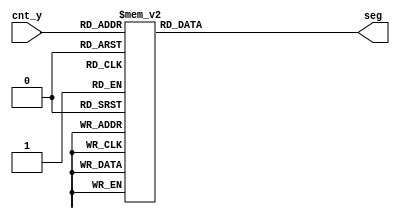
module led_y(
    input [6:0] cnt_y,
    output reg [13:0] seg
);

always @(cnt_y) begin
    case (cnt_y)
        0 : seg = 14'b0000001_0000001; // 00
        1 : seg = 14'b0000001_1001111; // 01
        2 : seg = 14'b0000001_0010010; // 02
        3 : seg = 14'b0000001_0000110; // 03
        4 : seg = 14'b0000001_1001100; // 04
        5 : seg = 14'b0000001_0100100; // 05
        6 : seg = 14'b0000001_0100000; // 06
        7 : seg = 14'b0000001_0001111; // 07
        8 : seg = 14'b0000001_0000000; // 08
        9 : seg = 14'b0000001_0000100; // 09
        10 : seg = 14'b1001111_0000001; // 10
        11 : seg = 14'b1001111_1001111; // 11
        12 : seg = 14'b1001111_0010010; // 12
        13 : seg = 14'b1001111_0000110; // 13
        14 : seg = 14'b1001111_1001100; // 14
        15 : seg = 14'b1001111_0100100; // 15
        16 : seg = 14'b1001111_0100000; // 16
        17 : seg = 14'b1001111_0001111; // 17
        18 : seg = 14'b1001111_0000000; // 18
        19 : seg = 14'b1001111_0000100; // 19
        20 : seg = 14'b0010010_0000001; // 20
        21 : seg = 14'b0010010_1001111; // 21
        22 : seg = 14'b0010010_0010010; // 22
        23 : seg = 14'b0010010_0000110; // 23
        24 : seg = 14'b0010010_1001100; // 24
        25 : seg = 14'b0010010_0100100; // 25
        26 : seg = 14'b0010010_0100000; // 26
        27 : seg = 14'b0010010_0001111; // 27
        28 : seg = 14'b0010010_0000000; // 28
        29 : seg = 14'b0010010_0000100; // 29
        30 : seg = 14'b0000110_0000001; // 30
        31 : seg = 14'b0000110_1001111; // 31
        32 : seg = 14'b0000110_0010010; // 32
        33 : seg = 14'b0000110_0000110; // 33
        34 : seg = 14'b0000110_1001100; // 34
        35 : seg = 14'b0000110_0100100; // 35
        36 : seg = 14'b0000110_0100000; // 36
        37 : seg = 14'b0000110_0001111; // 37
        38 : seg = 14'b0000110_0000000; // 38
        39 : seg = 14'b0000110_0000100; // 39
        40 : seg = 14'b1001100_0000001; // 40
        41 : seg = 14'b1001100_1001111; // 41
        42 : seg = 14'b1001100_0010010; // 42
        43 : seg = 14'b1001100_0000110; // 43
        44 : seg = 14'b1001100_1001100; // 44
        45 : seg = 14'b1001100_0100100; // 45
        46 : seg = 14'b1001100_0100000; // 46
        47 : seg = 14'b1001100_0001111; // 47
        48 : seg = 14'b1001100_0000000; // 48
        49 : seg = 14'b1001100_0000100; // 49
        50 : seg = 14'b0100100_0000001; // 50
        51 : seg = 14'b0100100_1001111; // 51
        52 : seg = 14'b0100100_0010010; // 52
        53 : seg = 14'b0100100_0000110; // 53
        54 : seg = 14'b0100100_1001100; // 54
        55 : seg = 14'b0100100_0100100; // 55
        56 : seg = 14'b0100100_0100000; // 56
        57 : seg = 14'b0100100_0001111; // 57
        58 : seg = 14'b0100100_0000000; // 58
        59 : seg = 14'b0100100_0000100; // 59
        60 : seg = 14'b0100000_0000001; // 60
        61 : seg = 14'b0100000_1001111; // 61
        62 : seg = 14'b0100000_0010010; // 62
        63 : seg = 14'b0100000_0000110; // 63
        64 : seg = 14'b0100000_1001100; // 64
        65 : seg = 14'b0100000_0100100; // 65
        66 : seg = 14'b0100000_0100000; // 66
        67 : seg = 14'b0100000_0001111; // 67
        68 : seg = 14'b0100000_0000000; // 68
        69 : seg = 14'b0100000_0000100; // 69
        70 : seg = 14'b0001111_0000001; // 70
        71 : seg = 14'b0001111_1001111; // 71
        72 : seg = 14'b0001111_0010010; // 72
        73 : seg = 14'b0001111_0000110; // 73
        74 : seg = 14'b0001111_1001100; // 74
        75 : seg = 14'b0001111_0100100; // 75
        76 : seg = 14'b0001111_0100000; // 76
        77 : seg = 14'b0001111_0001111; // 77
        78 : seg = 14'b0001111_0000000; // 78
        79 : seg = 14'b0001111_0000100; // 79
        80 : seg = 14'b0000000_0000001; // 80
        81 : seg = 14'b0000000_1001111; // 81
        82 : seg = 14'b0000000_0010010; // 82
        83 : seg = 14'b0000000_0000110; // 83
        84 : seg = 14'b0000000_1001100; // 84
        85 : seg = 14'b0000000_0100100; // 85
        86 : seg = 14'b0000000_0100000; // 86
        87 : seg = 14'b0000000_0001111; // 87
        88 : seg = 14'b0000000_0000000; // 88
        89 : seg = 14'b0000000_0000100; // 89
        90 : seg = 14'b0000100_0000001; // 90
        91 : seg = 14'b0000100_1001111; // 91
        92 : seg = 14'b0000100_0010010; // 92
        93 : seg = 14'b0000100_0000110; // 93
        94 : seg = 14'b0000100_1001100; // 94
        95 : seg = 14'b0000100_0100100; // 95
        96 : seg = 14'b0000100_0100000; // 96
        97 : seg = 14'b0000100_0001111; // 97
        98 : seg = 14'b0000100_0000000; // 98
        99 : seg = 14'b0000100_0000100; // 99
        default seg = 14'b0000000_0000000; 
        endcase
    end
endmodule

// module led_y (
//     input wire [7:0] in,
//     output reg [13:0] seg  
// );

// always @(in)
// begin
//     case (in)
//         8'b0000_0000 : seg = 14'b0000001_0000001; // 00
//         8'b0000_0001 : seg = 14'b0000001_1001111; // 01
//         8'b0000_0010 : seg = 14'b0000001_0010010; // 02
//         8'b0000_0011 : seg = 14'b0000001_0000110; // 03
//         8'b0000_0100 : seg = 14'b0000001_1001100; // 04
//         8'b0000_0101 : seg = 14'b0000001_0100100; // 05
//         8'b0000_0110 : seg = 14'b0000001_0100000; // 06
//         8'b0000_0111 : seg = 14'b0000001_0001111; // 07
//         8'b0000_1000 : seg = 14'b0000001_0000000; // 08
//         8'b0000_1001 : seg = 14'b0000001_0000100; // 09
//         8'b0001_0000 : seg = 14'b1001111_0000001; // 10
//         8'b0001_0001 : seg = 14'b1001111_1001111; // 11
//         8'b0001_0010 : seg = 14'b1001111_0010010; // 12
//         8'b0001_0011 : seg = 14'b1001111_0000110; // 13
//         8'b0001_0100 : seg = 14'b1001111_1001100; // 14
//         8'b0001_0101 : seg = 14'b1001111_0100100; // 15
//         8'b0001_0110 : seg = 14'b1001111_0100000; // 16
//         8'b0001_0111 : seg = 14'b1001111_0001111; // 17
//         8'b0001_1000 : seg = 14'b1001111_0000000; // 18
//         8'b0001_1001 : seg = 14'b1001111_0000100; // 19
//         8'b0010_0000 : seg = 14'b1001111_1110000; // 20
//         8'b0010_0001 : seg = 14'b1001111_1111000; // 21
//         8'b0010_0010 : seg = 14'b1001111_1000110; // 22
//         8'b0010_0011 : seg = 14'b1001111_0011001; // 23
//         8'b0010_0100 : seg = 14'b1001111_0110010; // 24
//         8'b0010_0101 : seg = 14'b1001111_1110010; // 25
//         8'b0010_0110 : seg = 14'b1001111_1000000; // 26
//         8'b0010_0111 : seg = 14'b1001111_1011000; // 27
//         8'b0010_1000 : seg = 14'b1001111_1001100; // 28
//         8'b0010_1001 : seg = 14'b1001111_1100010; // 29
//         8'b0010_1010 : seg = 14'b1001111_0110000; // 30
//         8'b0010_1011 : seg = 14'b1001111_1000000; // 31
//         8'b0010_1100 : seg = 14'b1001111_1001000; // 32
//         8'b0010_1101 : seg = 14'b1001111_1110000; // 33
//         8'b0010_1110 : seg = 14'b1001111_1001001; // 34
//         8'b0010_1111 : seg = 14'b1001111_1000010; // 35
//         8'b0011_0000 : seg = 14'b1001111_1100000; // 36
//         8'b0011_0001 : seg = 14'b1001111_1001001; // 37
//         8'b0011_0010 : seg = 14'b1001111_1000010; // 38
//         8'b0011_0011 : seg = 14'b1001111_1000110; // 39
//         8'b0011_0100 : seg = 14'b1001111_1101000; // 40
//         8'b0011_0101 : seg = 14'b1001111_0110000; // 41
//         8'b0011_0110 : seg = 14'b1001111_0110000; // 42
//         8'b0011_0111 : seg = 14'b1001111_1111111; // 43
//         8'b0011_1000 : seg = 14'b1001111_0110000; // 44
//         8'b0011_1001 : seg = 14'b1001111_0111000; // 45
//         8'b0011_1010 : seg = 14'b1001111_0000000; // 46
//         8'b0011_1011 : seg = 14'b1001111_1001100; // 47
//         8'b0011_1100 : seg = 14'b1001111_0100111; // 48
//         8'b0011_1101 : seg = 14'b1001111_1101111; // 49
//         8'b0011_1110 : seg = 14'b1001111_1110001; // 50
//         8'b0011_1111 : seg = 14'b1001111_1111001; // 51
//         8'b0100_0000 : seg = 14'b1001111_0111001; // 52
//         8'b0100_0001 : seg = 14'b1001111_1011111; // 53
//         8'b0100_0010 : seg = 14'b1001111_0010001; // 54
//         8'b0100_0011 : seg = 14'b1001111_0111001; // 55
//         8'b0100_0100 : seg = 14'b1001111_1011011; // 56
//         8'b0100_0101 : seg = 14'b1001111_1010001; // 57
//         8'b0100_0110 : seg = 14'b1001111_1010011; // 58
//         8'b0100_0111 : seg = 14'b1001111_0011111; // 59
//         8'b0100_1000 : seg = 14'b1001111_1011101; // 60
//         8'b0100_1001 : seg = 14'b1001111_1010101; // 61
//         8'b0100_1010 : seg = 14'b1001111_0010111; // 62
//         8'b0100_1011 : seg = 14'b1001111_0010101; // 63
//         8'b0100_1100 : seg = 14'b1001111_1010111; // 64
//         8'b0100_1101 : seg = 14'b1001111_1100001; // 65
//         8'b0100_1110 : seg = 14'b1001111_1011011; // 66
//         8'b0100_1111 : seg = 14'b1001111_1100111; // 67
//         8'b0101_0000 : seg = 14'b1001111_1100011; // 68
//         8'b0101_0001 : seg = 14'b1001111_1000010; // 69
//         8'b0101_0010 : seg = 14'b1001111_0010000; // 70
//         8'b0101_0011 : seg = 14'b1001111_0111000; // 71
//         8'b0101_0100 : seg = 14'b1001111_0100000; // 72
//         8'b0101_0101 : seg = 14'b1001111_0011001; // 73
//         8'b0101_0110 : seg = 14'b1001111_1001000; // 74
//         8'b0101_0111 : seg = 14'b1001111_0100001; // 75
//         8'b0101_1000 : seg = 14'b1001111_0101111; // 76
//         8'b0101_1001 : seg = 14'b1001111_0010001; // 77
//         8'b0101_1010 : seg = 14'b1001111_0100111; // 78
//         8'b0101_1011 : seg = 14'b1001111_0101001; // 79
//         8'b0101_1100 : seg = 14'b1001111_0011111; // 80
//         8'b0101_1101 : seg = 14'b1001111_0101101; // 81
//         8'b0101_1110 : seg = 14'b1001111_0110111; // 82
//         8'b0101_1111 : seg = 14'b1001111_0111101; // 83
//         8'b0110_0000 : seg = 14'b1001111_1001001; // 84
//         8'b0110_0001 : seg = 14'b1001111_1011111; // 85
//         8'b0110_0010 : seg = 14'b1001111_0010001; // 86
//         8'b0110_0011 : seg = 14'b1001111_0111001; // 87
//         8'b0110_0100 : seg = 14'b1001111_1011011; // 88
//         8'b0110_0101 : seg = 14'b1001111_1010001; // 89
//         8'b0110_0110 : seg = 14'b1001111_1010011; // 90
//         8'b0110_0111 : seg = 14'b1001111_0011111; // 91
//         8'b0110_1000 : seg = 14'b1001111_1011101; // 92
//         8'b0110_1001 : seg = 14'b1001111_1010101; // 93
//         8'b0110_1010 : seg = 14'b1001111_0010111; // 94
//         8'b0110_1011 : seg = 14'b1001111_0010101; // 95
//         8'b0110_1100 : seg = 14'b1001111_1010111; // 96
//         8'b0110_1101 : seg = 14'b1001111_1100001; // 97
//         8'b0110_1110 : seg = 14'b1001111_1011011; // 98
//         8'b0110_1111 : seg = 14'b1001111_1100111; // 99
//         default : seg = 14'b1111111_1111111; 
//     endcase
// end
// endmodule